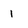
Character: 1